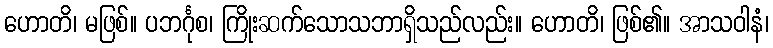
ဟောတိ၊ မဖြစ်။ ပဘင်္ဂုစ၊ ကြိုးဆက်သောသဘာရှိသည်လည်း။ ဟောတိ၊ ဖြစ်၏။ အာသဝါနံ၊